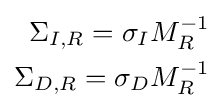
{\begin{aligned}\Sigma _{I,R}=\sigma _{I}M_{R}^{-1}\\\Sigma _{D,R}=\sigma _{D}M_{R}^{-1}\end{aligned}}